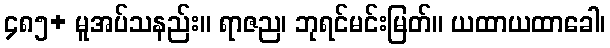
၄၈၅+ မူအပ်သနည်း။ ရာဇည၊ ဘုရင်မင်းမြတ်။ ယထာယထာခေါ၊